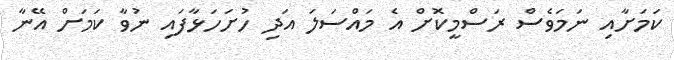
ކަމަށާއި ނަމަވެސް ރަސްމީކޮށް އެ މައްސަލަ އަދި ހުށަހަޅާފައި ނުވާ ކަމަށް އޭނާ